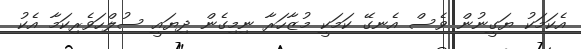
އެކަމަކު ޔަގީނުން ވެސް އެނގޭ ކަމަކީ މުޒާހަރާ ނިމިގެން ދިޔައީ ސުލްހަވެރިކަމާ އެކު